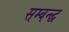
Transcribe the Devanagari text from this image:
सम्बन्द्ध